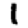
Digit: 1